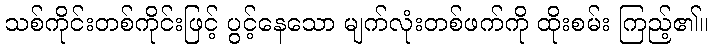
သစ်ကိုင်းတစ်ကိုင်းဖြင့် ပွင့်နေသော မျက်လုံးတစ်ဖက်ကို ထိုးစမ်း ကြည့်၏။